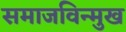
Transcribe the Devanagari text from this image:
समाजविन्मुख